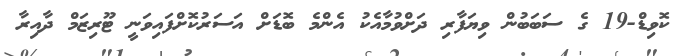
ކޮވިޑް-19 ގެ ސަބަބުން ވިޔަފާރި ދަށްވުމާއެކު އެންމެ ބޮޑަށް އަސަރުކޮށްފައިވަނީ ޓޫރިޒަމް ދާއިރާ